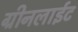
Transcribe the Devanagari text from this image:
ग्रीनलाईट